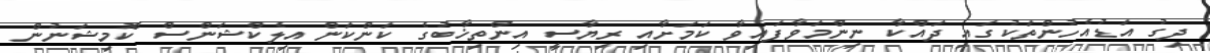
ދިގު އަޑުއެހުންތަކުގައި ދައްކާ ނިންމަވާފައިވާ ކަމަށާއި ރިޔާސީ އިންތިޚާބުގެ ކަންކަން އިލެކްޝަންސް ކޮމިޝަނުން